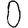
Digit: 0